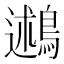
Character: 鶐